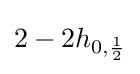
2-2h_{0,{\frac {1}{2}}}